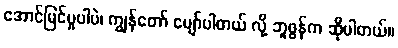
အောင်မြင်မှုပါပဲ၊ ကျွန်တော် ပျော်ပါတယ် လို့ ဘူဖွန်က ဆိုပါတယ်။